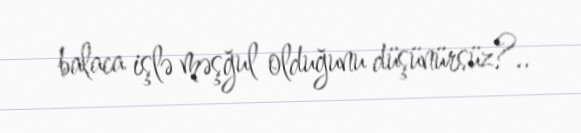
balaca işlə məşğul olduğunu düşünürsüz?..